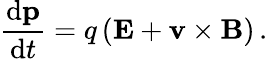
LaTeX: {\frac{\mathrm{d}\mathbf{p}}{\mathrm{d}t}}=q\left(\mathbf{E}+\mathbf{v}\times\mathbf{B}\right)\, .